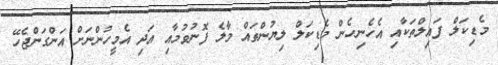
މެޑިކަލް ފައިލްތަކާއި އެހެނިހެން މެޑިކަލް ލިޔުންތައް މާލެ ފޮނުވުމާއި އަދި އެމީހުންނަށް އަންގަންޖެހޭ